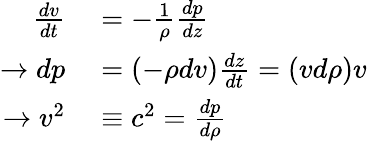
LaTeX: \begin{array}{rl}{{\frac{dv}{dt}}}&{{}=-{\frac{1}{\rho}}{\frac{dp}{dz}}}\\ {\rightarrow dp}&{{}=(-\rho dv){\frac{dz}{dt}}=(vd\rho)v}\\ {\rightarrow v^{2}}&{{}\equiv c^{2}={\frac{dp}{d\rho}}}\end{array}